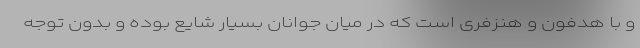
و با هدفون و هنزفری است که در میان جوانان بسیار شایع بوده و بدون توجه